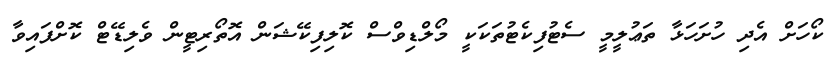
ކޯހަށް އެދި ހުށަހަޅާ ތަޢުލީމީ ސެޓުފިކެޓުތަކަކީ މޯލްޑިވްސް ކޮލިފިކޭޝަން އޮތޯރިޓީން ވެލިޑޭޓް ކޮށްފައިވާ